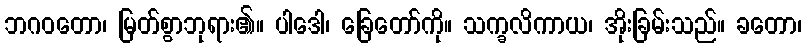
ဘဂဝတော၊ မြတ်စွာဘုရား၏။ ပါဒေါ၊ ခြေတော်ကို။ သက္ခလိကာယ၊ အိုးခြမ်းသည်။ ခတော၊